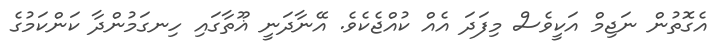
އެގޮތުން ނަޖިމް އަކީވެސް މިފަދަ އެއް ކުއްޖެކެވެ. އޭނާދަނީ ޣޫތާގައި ހިނގަމުންދާ ކަންކަމުގެ